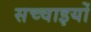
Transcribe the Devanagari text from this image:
सच्‍चाइयों